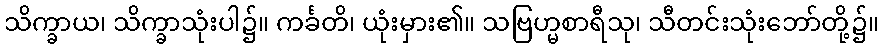
သိက္ခာယ၊ သိက္ခာသုံးပါ၌။ ကင်္ခတိ၊ ယုံးမှား၏။ သဗြဟ္မစာရီသု၊ သီတင်းသုံးဘော်တို့၌။